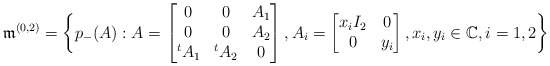
\begin{align*}\frak{m}^{(0,2)}=\bigg\{p_-(A): A=\begin{bmatrix} 0 & 0 & A_1\\ 0 & 0 & A_2\\{}^tA_1 & {}^tA_2 & 0\end{bmatrix}, A_i=\begin{bmatrix} x_i I_2 & 0\\ 0 & y_i\end{bmatrix}, x_i, y_i\in\mathbb{C}, i=1,2\bigg\}\end{align*}